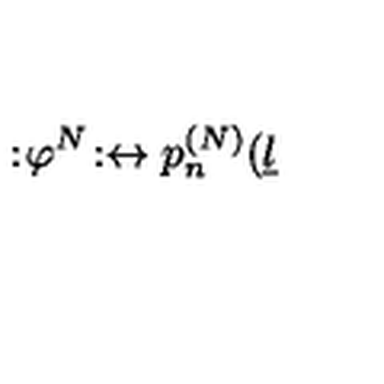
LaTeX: : \! \varphi ^ { N } \! : \leftrightarrow p _ { n } ^ { ( N ) } ( \underline { { l } }